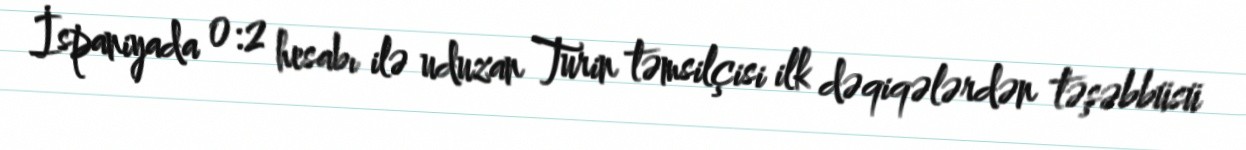
İspaniyada 0:2 hesabı ilə uduzan Turin təmsilçisi ilk dəqiqələrdən təşəbbüsü